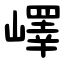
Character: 嶧